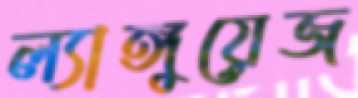
ল্যাঙ্গুয়েজ